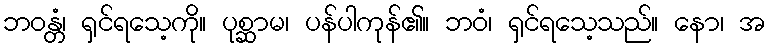
ဘဝန္တံ၊ ရှင်ရသေ့ကို။ ပုစ္ဆာမ၊ ပန်ပါကုန်၏။ ဘဝံ၊ ရှင်ရသေ့သည်။ နော၊ အ